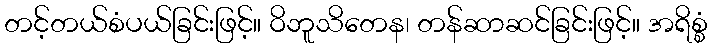
တင့်တယ်စံပယ်ခြင်းဖြင့်။ ဝိဘူသိတေန၊ တန်ဆာဆင်ခြင်းဖြင့်။ အရိစ္စံ